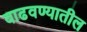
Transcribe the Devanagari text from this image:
वाढवण्यातील